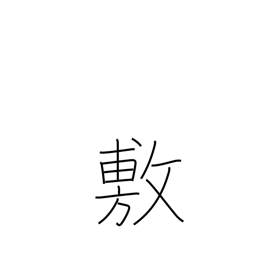
Meaning: promulgate